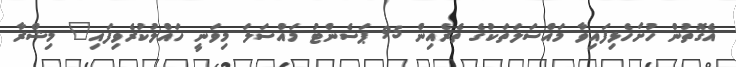
އެގޮތުން ހުށަހެޅިފައިވާ މައްސަލަތަކުގެ ތެރެއިން 95 ޕަސެންޓު މައްސަލަ މިވަނީ ހައްލުކުރެވިފައި" މިޝްރާ